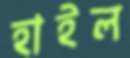
হাইল